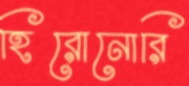
হিরোনোরি